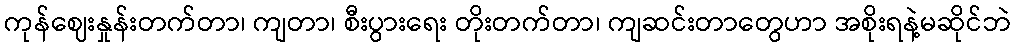
ကုန်ဈေးနှုန်းတက်တာ၊ ကျတာ၊ စီးပွားရေး တိုးတက်တာ၊ ကျဆင်းတာတွေဟာ အစိုးရနဲ့မဆိုင်ဘဲ